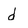
Character: d